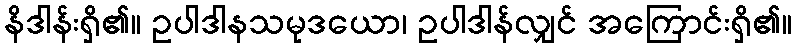
နိဒါန်းရှိ၏။ ဥပါဒါနသမုဒယော၊ ဥပါဒါန်လျှင် အကြောင်းရှိ၏။